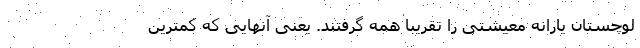
لوچستان یارانه معیشتی را تقریباً همه گرفتند. یعنی آنهایی که کمترین